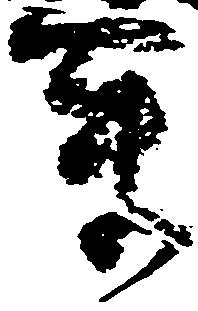
ま